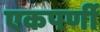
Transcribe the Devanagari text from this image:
एकपर्णी